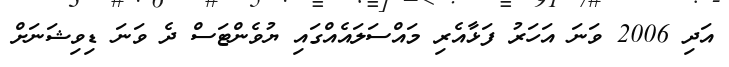
އަދި 2006 ވަނަ އަހަރު ފަޅާއެރި މައްސަލައެއްގައި ޔުވެންޓަސް ދެ ވަނަ ޑިވިޝަނަށް